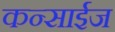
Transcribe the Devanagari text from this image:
कन्साईज